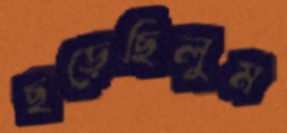
ছড়েছিলুম